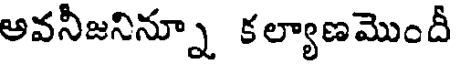
అవనీజనిన్నూ కల్యాణమొందీ